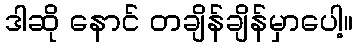
ဒါဆို နောင် တချိန်ချိန်မှာပေါ့။